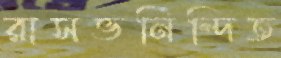
রাসভনিন্দিত